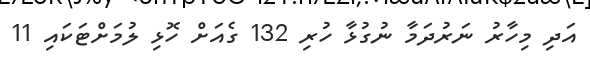
އަދި މިހާރު ނަރުދަމާ ނުގުޅާ ހުރި 132 ގެއަށް ހޮޅި ލުމަށްޓަކައި 11